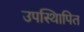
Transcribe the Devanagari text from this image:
उपस्थिापित